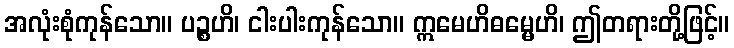
အလုံးစုံကုန်သော။ ပဉ္စဟိ၊ ငါးပါးကုန်သော။ ဣမေဟိဓမ္မေဟိ၊ ဤတရားတို့ဖြင့်။